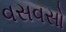
વસવસો